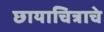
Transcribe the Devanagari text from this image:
छायाचित्राचे